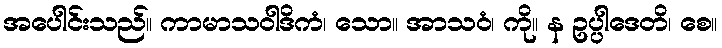
အပေါင်းသည်။ ကာမာသဝါဒိကံ၊ သော။ အာသဝံ၊ ကို။ န ဥပ္ပါဒေတိ၊ စေ။